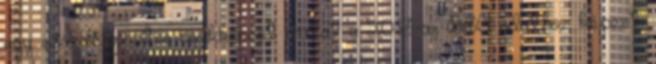
egy százalékpontos csökkenést mutat a 2013-as BSA adathoz képest.